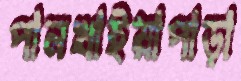
পানখাইয়াপাড়া